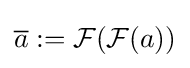
{\overline {a}}:={\mathcal {F}}({\mathcal {F}}(a))